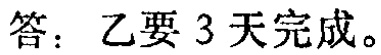
答：乙要 3 天完成。